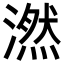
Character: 𪷖